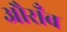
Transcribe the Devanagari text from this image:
औराँव